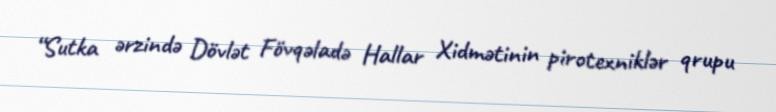
“Sutka ərzində Dövlət Fövqəladə Hallar Xidmətinin pirotexniklər qrupu